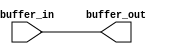
module high_speed_buffer (
    input wire buffer_in,
    output wire buffer_out
);

// Buffer logic to ensure signal integrity and high-speed transmission
assign buffer_out = buffer_in;

endmodule